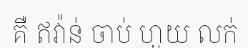
គឺ ឥវ៉ាន់ ចាប់ ហួយ លក់